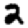
Digit: 2